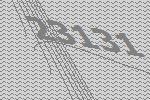
23131